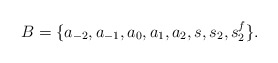
\begin{gather*} B = \{ a_{-2},a_{-1},a_0,a_1,a_2,s,s_2,s_2^f \}. \end{gather*}